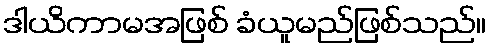
ဒါယိကာမအဖြစ် ခံယူမည်ဖြစ်သည်။